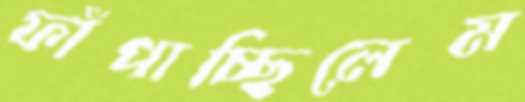
ফাঁপাচ্ছিলেম